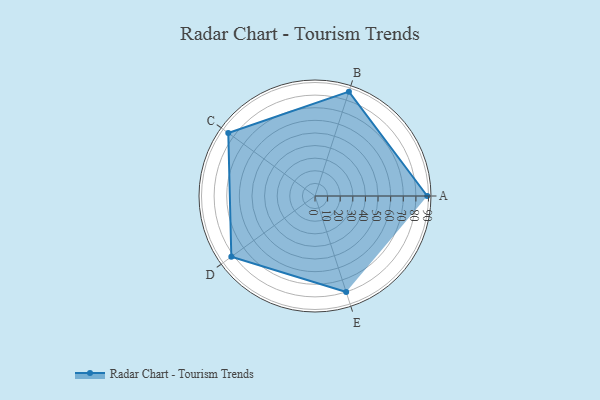
{"axis": {"x": "Skill", "y": "Score"}, "legend": ["Profile"], "data": [{"x": "A", "y": 89.0, "type": "Profile"}, {"x": "B", "y": 87.0, "type": "Profile"}, {"x": "C", "y": 85.0, "type": "Profile"}, {"x": "D", "y": 82.0, "type": "Profile"}, {"x": "E", "y": 80.0, "type": "Profile"}]}